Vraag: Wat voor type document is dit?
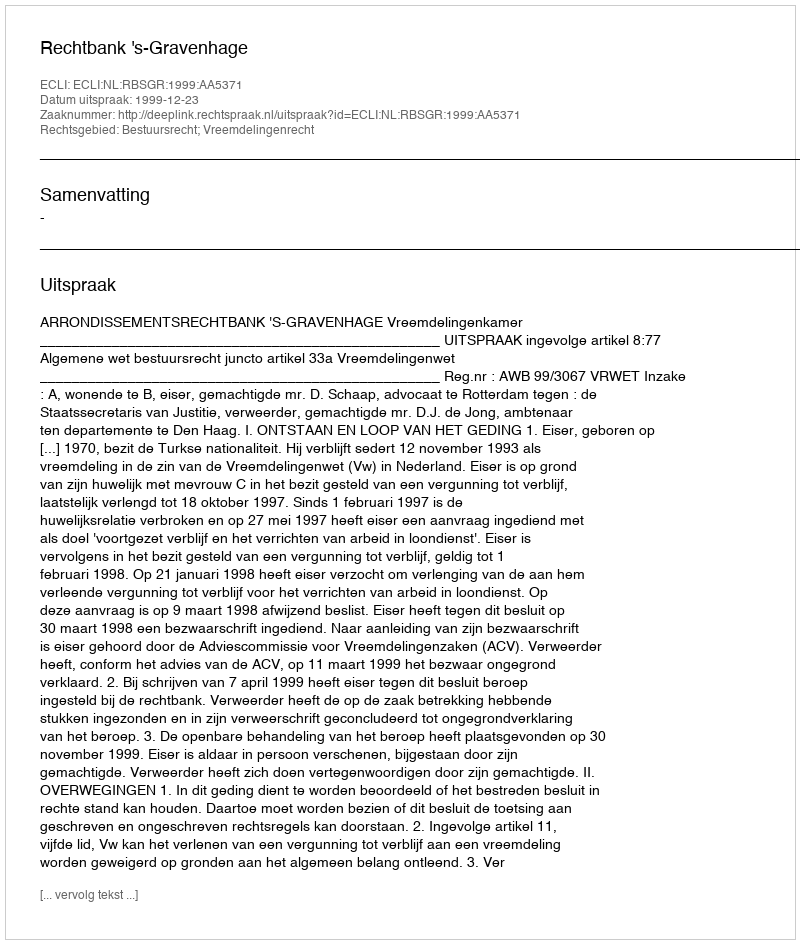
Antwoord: Uitspraak